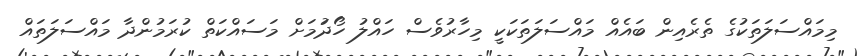
މިމައްސަލަތަކުގެ ތެރެއިން ބައެއް މައްސަލަތަކަކީ މިހާރުވެސް ހައްލު ހޯދުަމަށް މަސައްކަތް ކުރަމުންދާ މައްސަލަތައް